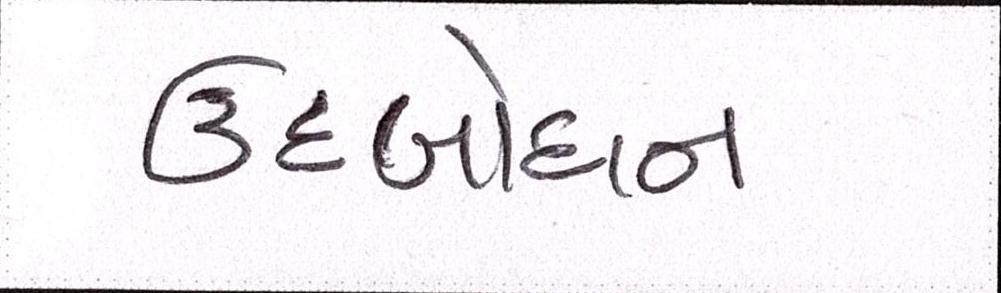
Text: ઉદબોધન